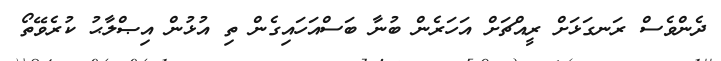
ދެންވެސް ރަނގަޅަށް ރީއްޗަށް އަހަރެން ބުނާ ބަސްއަހައިގެން ތި އުޅުން އިޞްލާޙު ކުރެވޭތޯ